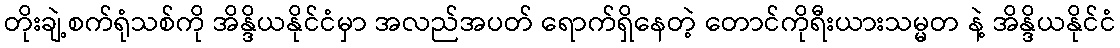
တိုးချဲ့စက်ရုံသစ်ကို အိန္ဒိယနိုင်ငံမှာ အလည်အပတ် ရောက်ရှိနေတဲ့ တောင်ကိုရီးယားသမ္မတ နဲ့ အိန္ဒိယနိုင်ငံ